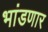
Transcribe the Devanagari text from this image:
भांडणार